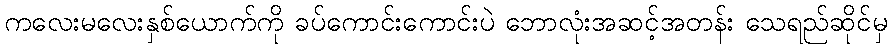
ကလေးမလေးနှစ်ယောက်ကို ခပ်ကောင်းကောင်းပဲ ဘောလုံးအဆင့်အတန်း သေရည်ဆိုင်မှ